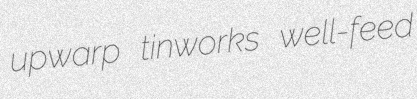
upwarp tinworks well-feed